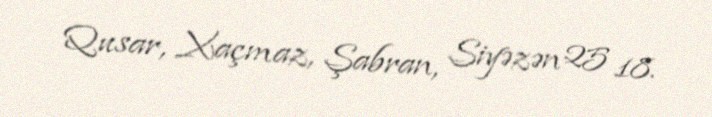
Qusar, Xaçmaz, Şabran, Siyəzən 25 18.